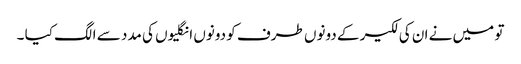
تو میں نے ان کی لکیر کے دونوں طرف کو دونوں انگلیوں کی مدد سے الگ کیا ۔